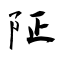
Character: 阷